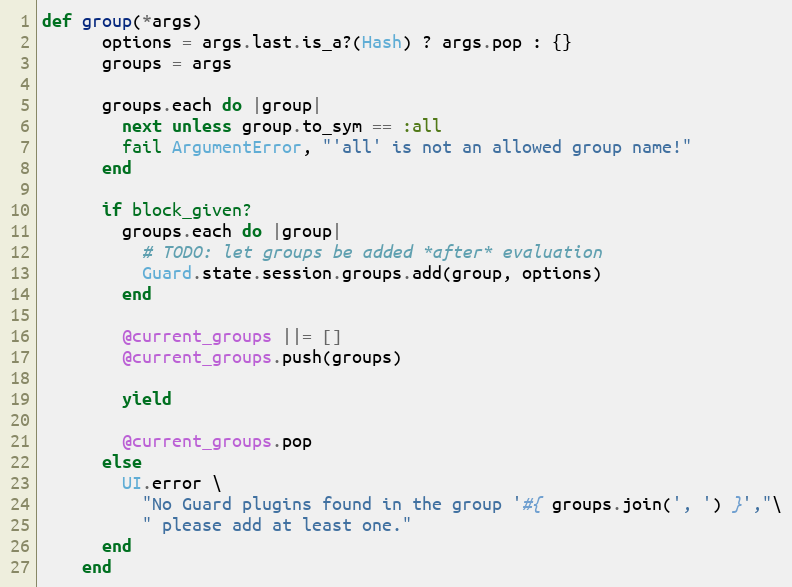
Language: Ruby
def group(*args)
      options = args.last.is_a?(Hash) ? args.pop : {}
      groups = args

      groups.each do |group|
        next unless group.to_sym == :all
        fail ArgumentError, "'all' is not an allowed group name!"
      end

      if block_given?
        groups.each do |group|
          # TODO: let groups be added *after* evaluation
          Guard.state.session.groups.add(group, options)
        end

        @current_groups ||= []
        @current_groups.push(groups)

        yield

        @current_groups.pop
      else
        UI.error \
          "No Guard plugins found in the group '#{ groups.join(', ') }',"\
          " please add at least one."
      end
    end